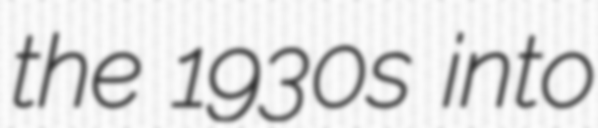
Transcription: the 1930s into